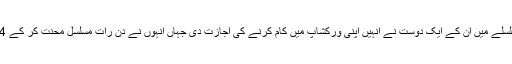
ارسلان نے بتایا کہ اس پروجیکٹ کے سلسلے میں اُن کے ایک دوست نے انہیں اپنی ورکشاپ میں کام کرنے کی اجازت دی جہاں انہوں نے دن رات مسلسل محنت کر کے 4 سال میں مائیکرو لائٹ ائیر کرافٹ بنایا۔